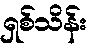
ရှစ်သိန်း